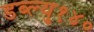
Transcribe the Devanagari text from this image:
डब्ल्यु१४०